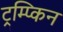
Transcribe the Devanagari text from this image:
ट्रम्प्किन